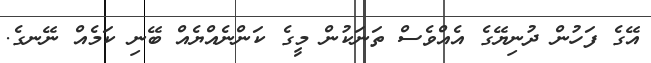
އޭގެ ފަހުން ދުނިޔޭގެ އެއްވެސް ތަނަކުން މީގެ ކަންނެއްޔެއް ބޭނި ކަމެއް ނޭނގެ.